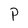
Character: P